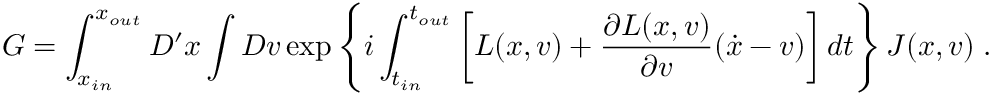
G = \int _ { x _ { i n } } ^ { x _ { o u t } } D ^ { \prime } x \int D v \exp \left\{ i \int _ { t _ { i n } } ^ { t _ { o u t } } \left[ L ( x , v ) + \frac { \partial L ( x , v ) } { \partial v } ( \dot { x } - v ) \right] d t \right\} J ( x , v ) \; .